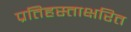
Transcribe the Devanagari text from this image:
प्रतिहस्ताक्षरित